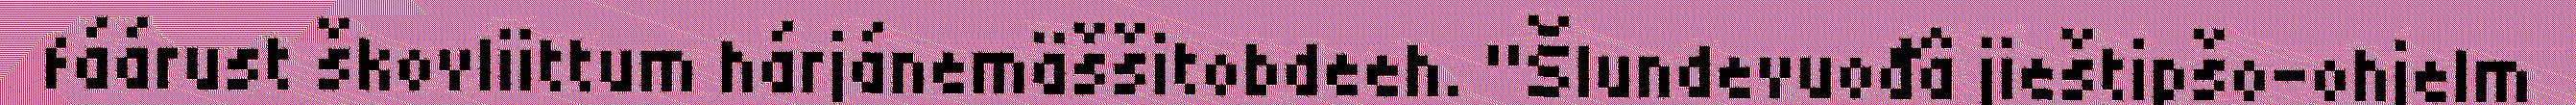
fáárust škovliittum hárjánemäššitobdeeh. "Šlundevuođâ jieštipšo-ohjelm